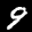
Label: 9